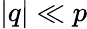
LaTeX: |q|\ll p